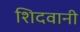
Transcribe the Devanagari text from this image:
शिदवानी